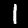
Label: 1